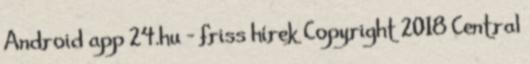
Android app 24.hu - friss hírek Copyright 2018 Central